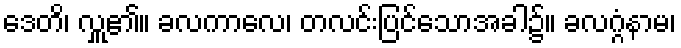
ဒေတိ၊ လှူ၏။ ခလကာလေ၊ တလင်းပြင်သောအခါ၌။ ခလဂ္ဂံနာမ၊